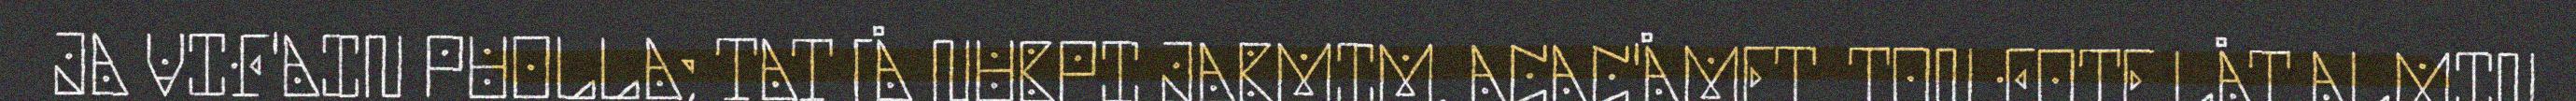
JA VIF'AIN PUOLLA; TAT [Å NUBPI JABMIM. ACAC'ÅMET, TON FOTE LÅT ALMIN,